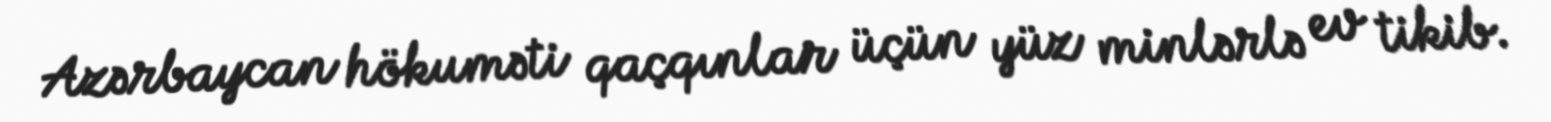
Azərbaycan hökuməti qaçqınlar üçün yüz minlərlə ev tikib.